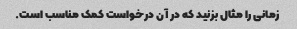
زمانی را مثال بزنید که در آن درخواست کمک مناسب است.